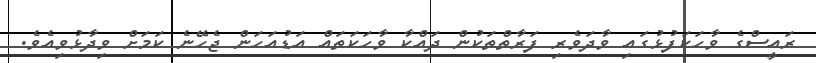
ރައީސްގެ ވާހަކަފުޅުގައި ވާދަވެރި ފަރާތްތަކުން ދައްކާ ވާހަކަތައް އަޑުއަހަން ޖެހޭނެ ކަމަށް ވިދާޅުވިއެވެ.